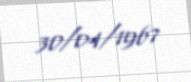
30/04/1967